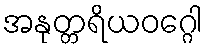
အနုတ္တရိယဝဂ္ဂေါ